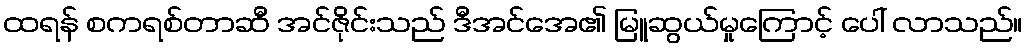
ထရန် စကရစ်တာဆီ အင်ဇိုင်းသည် ဒီအင်အေ၏ မြူဆွယ်မှုကြောင့် ပေါ် လာသည်။